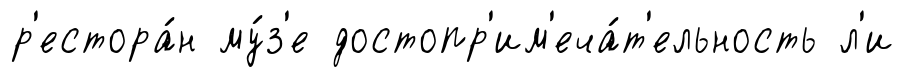
р'естора́н му́з'е достопр'им'еча́т'ельность л'и